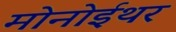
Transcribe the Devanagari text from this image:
मोनोईथर